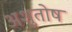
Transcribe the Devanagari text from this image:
अशुतोष